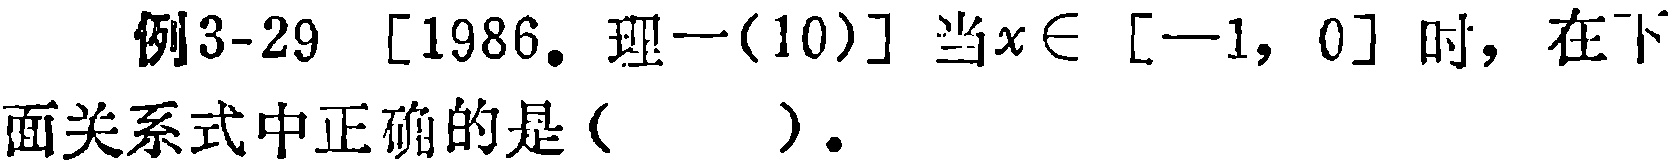
例3-29 [1986. 理一(10)] 当$x\in [-1, 0]$时，在下面关系式中正确的是（  ）。